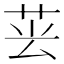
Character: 𦮚